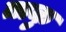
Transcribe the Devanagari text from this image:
ताकु